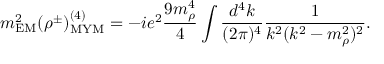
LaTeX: m _ { \mathrm { E M } } ^ { 2 } ( \rho ^ { \pm } ) _ { \mathrm { M Y M } } ^ { ( 4 ) } = - i e ^ { 2 } \frac { 9 m _ { \rho } ^ { 4 } } { 4 } \int \frac { d ^ { 4 } k } { ( 2 \pi ) ^ { 4 } } \frac { 1 } { k ^ { 2 } ( k ^ { 2 } - m _ { \rho } ^ { 2 } ) ^ { 2 } } .